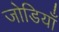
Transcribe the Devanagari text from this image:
जोडियाँ